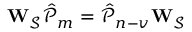
\mathbf { W _ { \mathcal { S } } } \mathcal { \hat { P } } _ { m } = \mathcal { \hat { P } } _ { n - v } \mathbf { W _ { \mathcal { S } } }